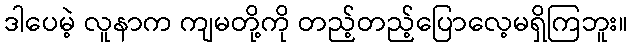
ဒါပေမဲ့ လူနာက ကျမတို့ကို တည့်တည့်ပြောလေ့မရှိကြဘူး။